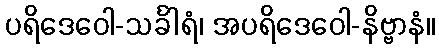
ပရိဒေဝေါ-သင်္ခါရံ၊ အပရိဒေဝေါ-နိဗ္ဗာနံ။